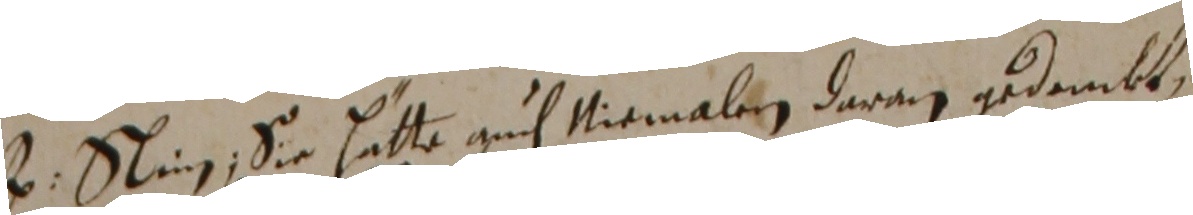
z. Stin, sie hätte auch niemalden daran gedankt,